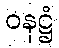
ဝနဋ္ဌံ